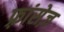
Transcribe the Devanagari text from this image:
फ़्रांसेज़